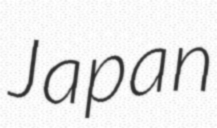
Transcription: Japan